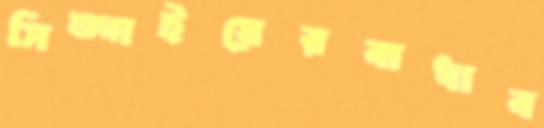
সিঙ্গাইয়েরবাধাব